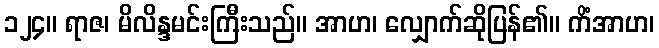
၁၂၄။ ရာဇ၊ မိလိန္ဒမင်းကြီးသည်။ အာဟ၊ လျှောက်ဆိုပြန်၏။ ကိံအာဟ၊